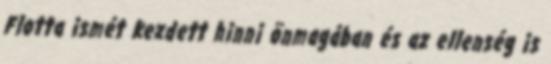
Flotta ismét kezdett hinni önmagában és az ellenség is